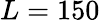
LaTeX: L=150